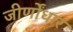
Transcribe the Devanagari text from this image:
जीर्णोंधार